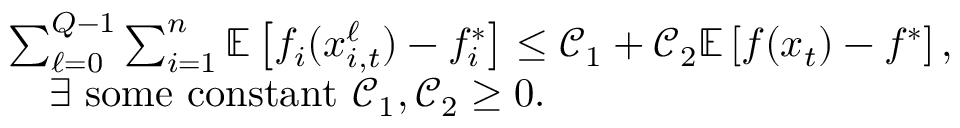
\begin{array} { r l } & { \sum _ { \ell = 0 } ^ { Q - 1 } \sum _ { i = 1 } ^ { n } \mathbb { E } \left[ f _ { i } ( x _ { i , t } ^ { \ell } ) - f _ { i } ^ { * } \right] \leq \mathcal { C } _ { 1 } + \mathcal { C } _ { 2 } \mathbb { E } \left[ f ( x _ { t } ) - f ^ { * } \right] , } \\ & { \quad \exists \mathrm { ~ s o m e ~ c o n s t a n t ~ } \mathcal { C } _ { 1 } , \mathcal { C } _ { 2 } \geq 0 . } \end{array}